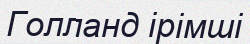
Голланд ірімші